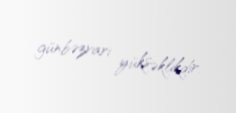
günbəzvari yüksəklikdir.